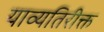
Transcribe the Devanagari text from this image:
याव्यतिरीक्त